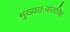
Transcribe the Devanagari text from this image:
मुख्‍यतःवांतरिक्ष